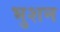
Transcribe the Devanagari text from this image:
भुशन